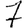
Digit: 7